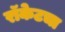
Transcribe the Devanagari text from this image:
रॉकेटचा